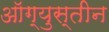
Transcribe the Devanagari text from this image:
ऑग्युस्तीन